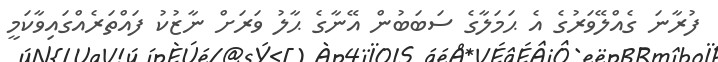
ފުރާނަ ގެއްލޭވަރުގެ އެ ޙަމަލާގެ ސަބަބުން އޭނާގެ ޙާލު ވަރަށް ނާޒުކު ފައްތަރެއްގައިވާކަމީ